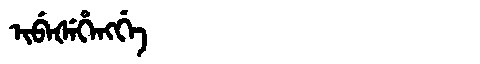
Manchu: ᡳᠪᡝᡧᡝᡥᡝᠩᡤᡝ
Romanization: IBEŠEHENGGE